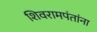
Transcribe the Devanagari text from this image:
शिवरामपंतांना